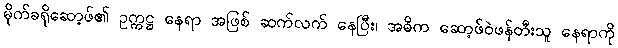
မိုက်ခရိုဆော့ဖ်၏ ဥက္ကဋ္ဌ နေရာ အဖြစ် ဆက်လက် နေပြီး၊ အဓိက ဆော့ဖ်ဝဲဖန်တီးသူ နေရာကို